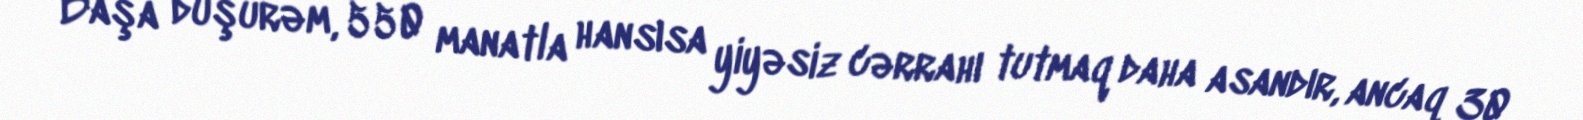
Başa düşürəm, 550 manatla hansısa yiyəsiz cərrahı tutmaq daha asandır, ancaq 30